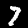
Label: 7